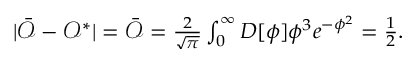
\begin{array} { r } { \vert \bar { \mathcal { O } } - \mathcal { O } ^ { * } \vert = \bar { \mathcal { O } } = \frac { 2 } { \sqrt \pi } \int _ { 0 } ^ { \infty } D [ \phi ] \phi ^ { 3 } e ^ { - \phi ^ { 2 } } = \frac 1 2 . } \end{array}